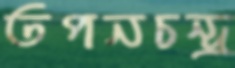
তপনচন্দ্র